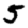
Digit: 5